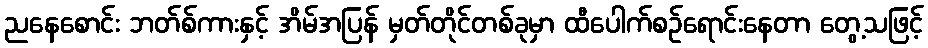
ညနေစောင်း ဘတ်စ်ကားနှင့် အိမ်အပြန် မှတ်တိုင်တစ်ခုမှာ ထီပေါက်စဉ်ရောင်းနေတာ တွေ့သဖြင့်